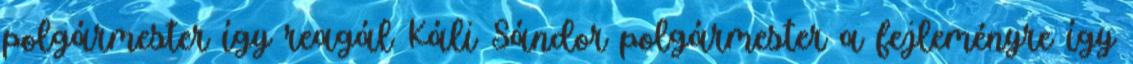
polgármester így reagál Káli Sándor polgármester a fejleményre így